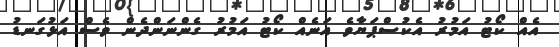
އެއް ކޯޓު އަމުރު އެކުސްޕަޔާވެ އަނެއް ކޯޓު އަމުރު ގެންނަންދެން ވެސް އަޅުގަނޑު